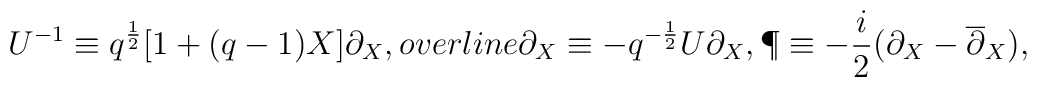
U^{-1}\equiv q^{\frac{1}{2}}[1+(q-1)X]\partial_{X},\\overline{\partial}_{X}\equiv -q^{-\frac{1}{2}}U\partial_{X},\P\equiv -\frac{i}{2}(\partial_{X}-\overline{\partial}_{X}),